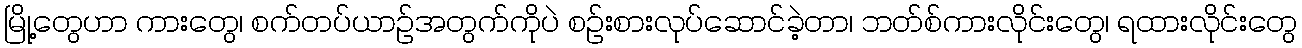
မြို့တွေဟာ ကားတွေ၊ စက်တပ်ယာဉ်အတွက်ကိုပဲ စဉ်းစားလုပ်ဆောင်ခဲ့တာ၊ ဘတ်စ်ကားလိုင်းတွေ၊ ရထားလိုင်းတွေ